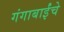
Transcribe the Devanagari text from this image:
गंगाबाईंचे